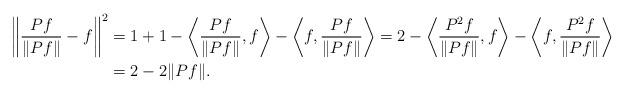
LaTeX: \begin{align*}\left\|\frac{Pf}{\|Pf\|}-f\right\|^2&=1+1-\left \langle \frac{Pf}{\|Pf\|}, f\right\rangle -\left \langle f, \frac{Pf}{\|Pf\|}\right\rangle=2-\left \langle \frac{P^2f}{\|Pf\|}, f\right\rangle -\left \langle f, \frac{P^2f}{\|Pf\|}\right\rangle\\&=2-2\|Pf\|.\end{align*}